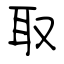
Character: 取